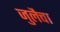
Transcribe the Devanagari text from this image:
जुलैचा